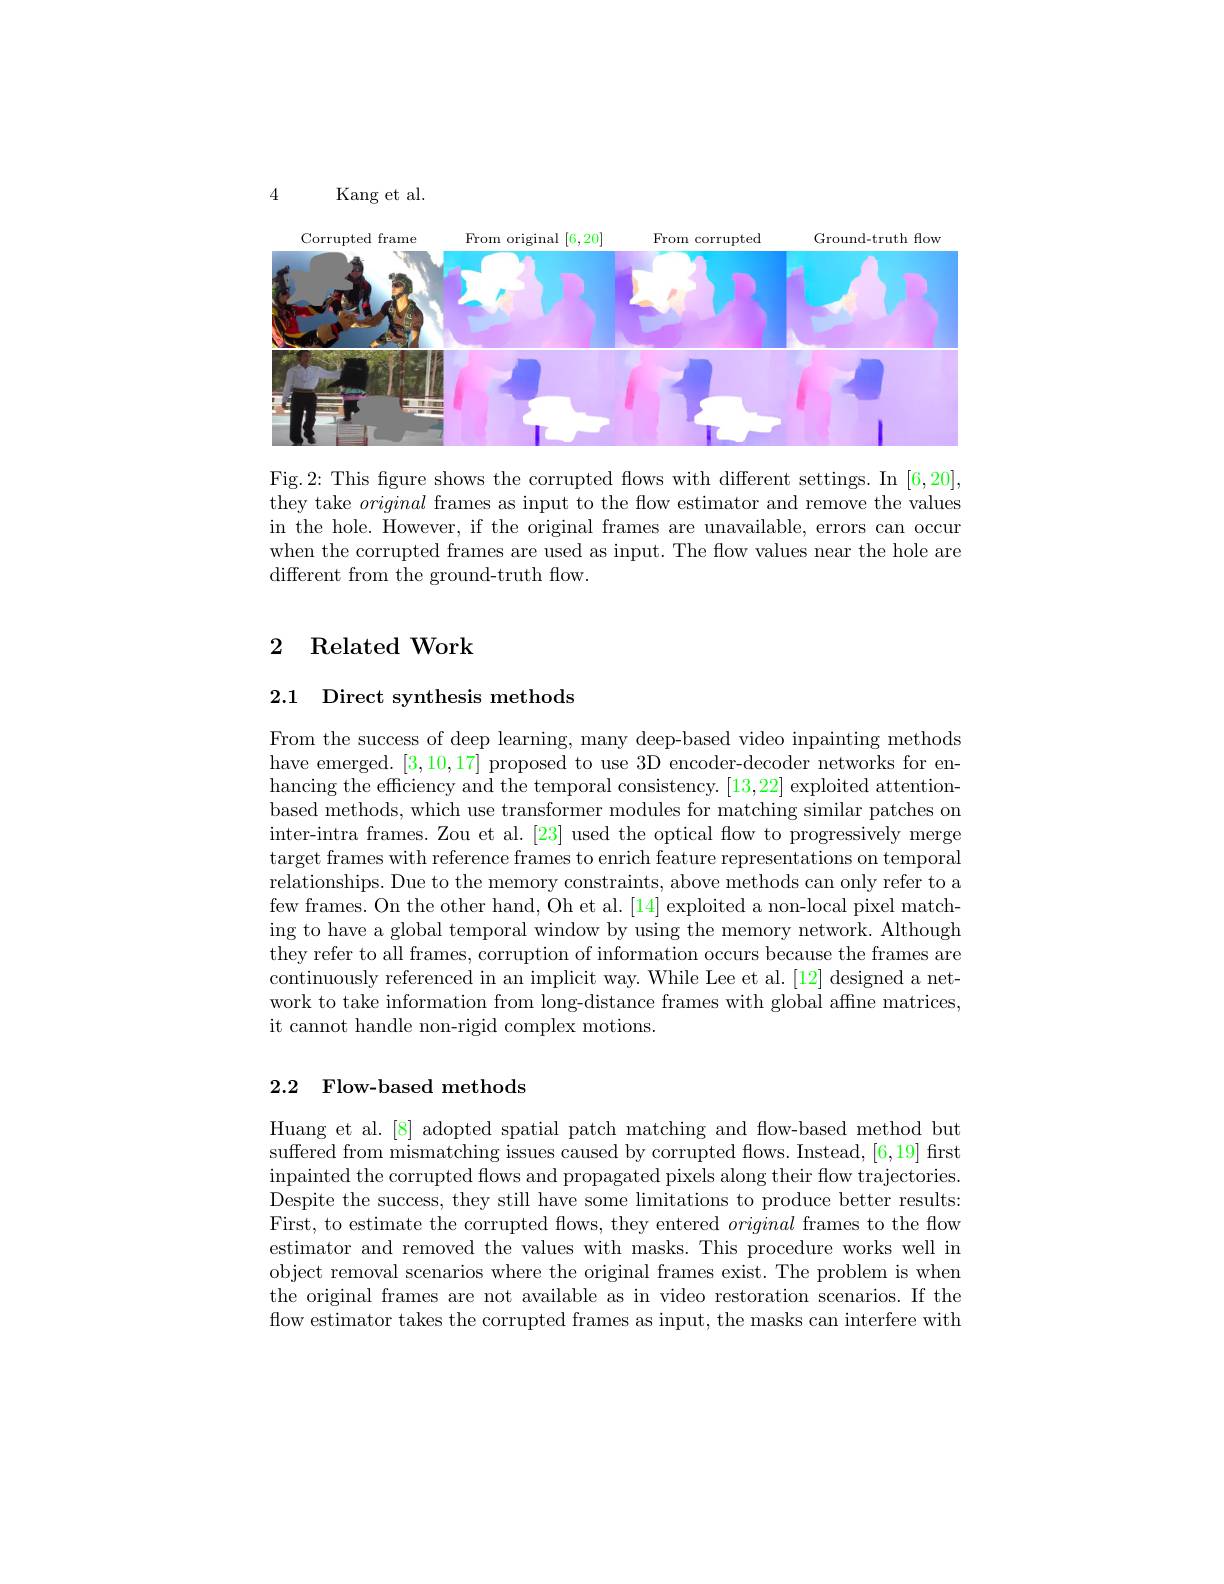
4

Kang et al.

<FigureHere>

Fig.2: This figure shows the corrupted flows with different settings. In [6,20], they take original frames as input to the flow estimator and remove the values in the hole. However, if the original frames are unavailable, errors can occur when the corrupted frames are used as input. The flow values near the hole are different from the ground-truth flow.

## 2 Related Work

## 2.1 Direct synthesis methods

From the success of deep learning, many deep-based video inpainting methods have emerged. [3,10,17] proposed to use 3D encoder-decoder networks for enhancing the efficiency and the temporal consistency. [13,22] exploited attentionbased methods, which use transformer modules for matching similar patches on inter-intra frames. Zou et al. [23] used the optical flow to progressively merge target frames with reference frames to enrich feature representations on temporal relationships. Due to the memory constraints, above methods can only refer to a few frames. On the other hand, Oh et al. [14] exploited a non-local pixel matching to have a global temporal window by using the memory network. Although they refer to all frames, corruption of information occurs because the frames are continuously referenced in an implicit way. While Lee et al. [12] designed a network to take information from long-distance frames with global affine matrices, it cannot handle non-rigid complex motions.

### 2.2 Flow-based methods

Huang et al.[8] adopted spatial patch matching and flow-based method but suffered from mismatching issues caused by corrupted flows. Instead, [6,19] first inpainted the corrupted flows and propagated pixels along their flow trajectories. Despite the success, they still have some limitations to produce better results: First, to estimate the corrupted flows, they entered original frames to the flow estimator and removed the values with masks. This procedure works well in object removal scenarios where the original frames exist. The problem is when the original frames are not available as in video restoration scenarios. If the flow estimator takes the corrupted frames as input, the masks can interfere with